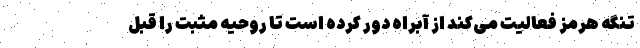
تنگه هرمز فعالیت می‌کند از آبراه دور کرده است تا روحیه مثبت را قبل